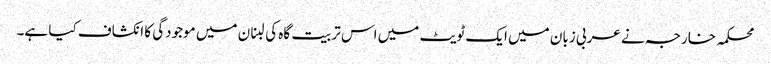
محکمہ خارجہ نے عربی زبان میں ایک ٹویٹ میں اس تربیت گاہ کی لبنان میں موجودگی کا انکشاف کیا ہے۔